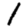
Digit: 1